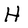
Character: H